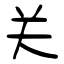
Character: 关